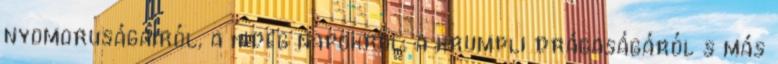
nyomoruságairól, a hideg napokról, a krumpli drágaságáról s más